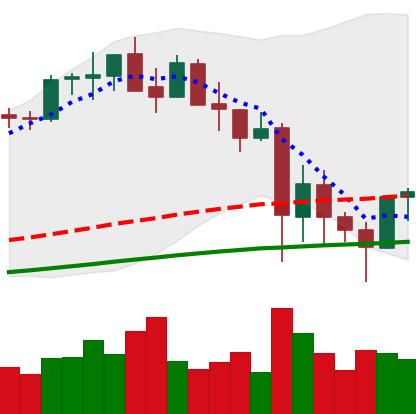
Ticker: ETH-USD
Chart end date: 2021-05-25
Forward return: -11.687%
Label: down_7plus